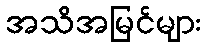
အသိအမြင်များ